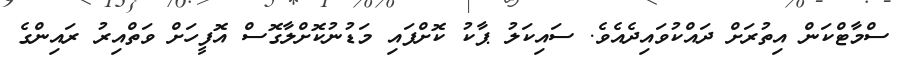
ސްމާޓްކަން އިތުރަށް ދައްކުވައިދެއެވެ. ސައިކަލު ޕާކު ކޮށްފައި މަޑުނުކޮށްލާގޮސް އޮފީހަށް ވަތްއިރު ރައިންގެ